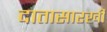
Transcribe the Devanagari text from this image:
दातासारखी